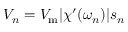
V _ { n } = V _ { \mathrm { m } } | \chi ^ { \prime } ( \omega _ { n } ) | s _ { n }